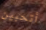
أتحبين